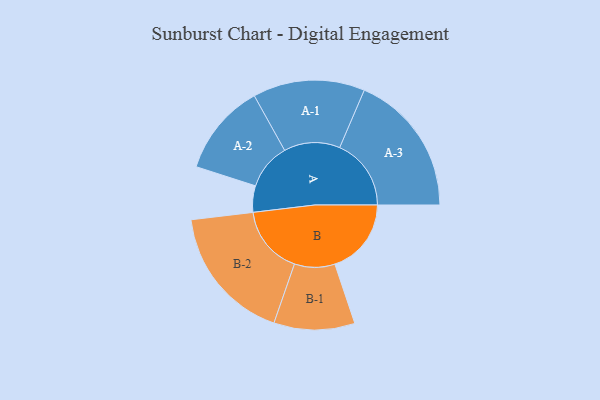
{"axis": {"x": "Segment", "y": "Value"}, "legend": ["", "A", "B"], "data": [{"x": "A", "y": 107, "type": ""}, {"x": "B", "y": 310, "type": ""}, {"x": "A-1", "y": 227, "type": "A"}, {"x": "A-2", "y": 187, "type": "A"}, {"x": "A-3", "y": 290, "type": "A"}, {"x": "B-1", "y": 164, "type": "B"}, {"x": "B-2", "y": 278, "type": "B"}]}